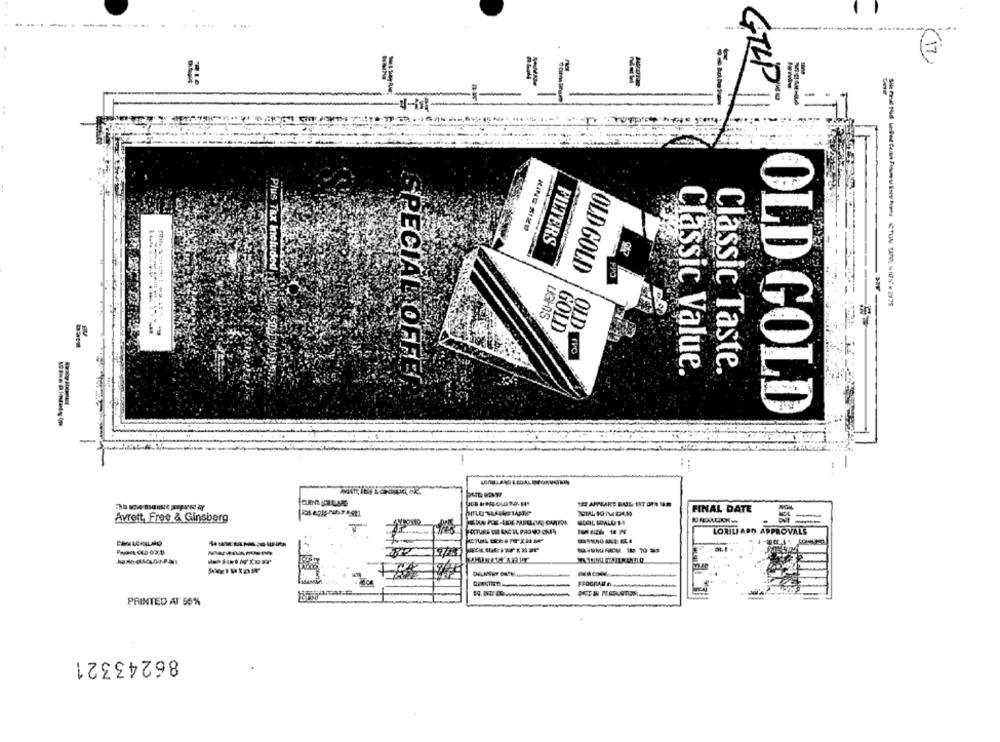
=
-
GILDi
KING SIZE
FILTERS
Plus Tax Included
OLD GOLD
LIGHTS
GOLD
OLDS
Classic Value.
Classic Taste.
PECIAL OFFE
OLD GOLD
FINAL DATE
Avrott, Free & Ginsberg
SCOL SCALU 14
LORILIADO APPROVALS
PRINTED AT 55%
86243321